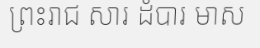
ព្រះរាជ សារ ដំបារ មាស